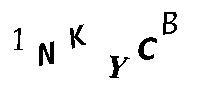
1NKYCB